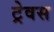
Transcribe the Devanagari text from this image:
ट्रेवस